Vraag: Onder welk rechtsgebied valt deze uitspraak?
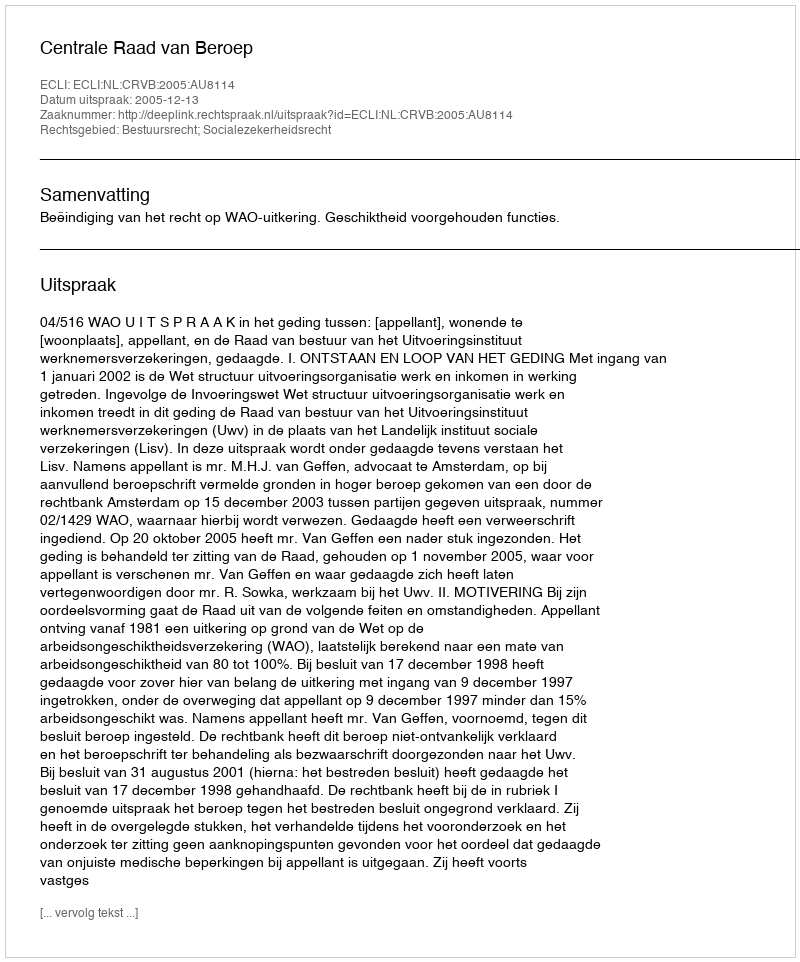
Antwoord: Bestuursrecht; Socialezekerheidsrecht